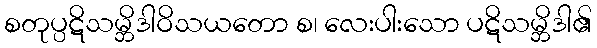
စတုပ္ပဋိသမ္ဘိဒါဝိသယတော စ၊ လေးပါးသော ပဋိသမ္ဘိဒါ၏